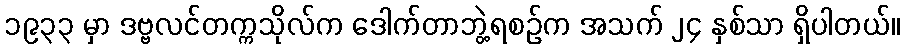
၁၉၃၃ မှာ ဒဗ္ဗလင်တက္ကသိုလ်က ဒေါက်တာဘွဲ့ရစဉ်က အသက် ၂၄ နှစ်သာ ရှိပါတယ်။